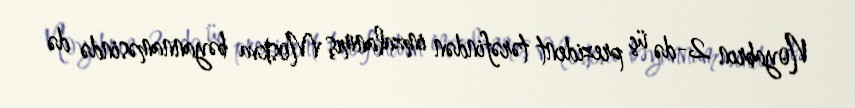
Noyabrın 2-də üç prezident tərəfindən imzalanmış Moskva bəyannaməsində də